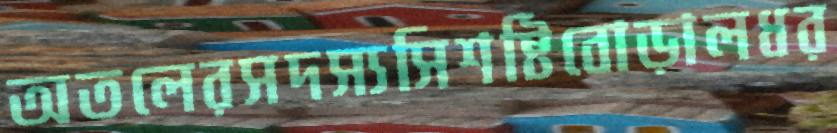
অতলেরসদস্যসিশষ্টিবোড়ালধর